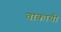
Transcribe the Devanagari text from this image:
वाकाची